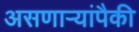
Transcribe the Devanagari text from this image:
असणाऱ्यांपैकी